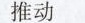
推动